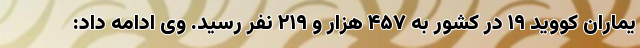
یماران کووید ۱۹ در کشور به ۴۵۷ هزار و ۲۱۹ نفر رسید. وی ادامه داد: